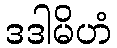
ဒဒါမိဟံ